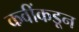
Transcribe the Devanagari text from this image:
कवींकडून